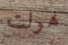
هولت